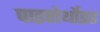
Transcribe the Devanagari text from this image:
पाइरोर्थोइड